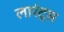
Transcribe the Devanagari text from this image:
लारंट्स